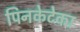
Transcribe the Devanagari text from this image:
पिनकेटेका